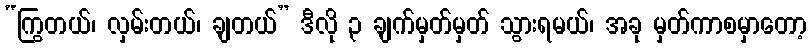
“ကြွတယ်၊ လှမ်းတယ်၊ ချတယ်” ဒီလို ၃ ချက်မှတ်မှတ် သွားရမယ်၊ အခု မှတ်ကာစမှာတော့